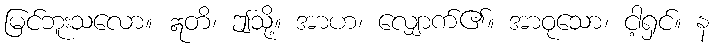
မြင်ဘူးသလော။ ဣတိ၊ ဤသို့။ အာဟ၊ လျှောက်၏။ အာဝုသော၊ ငါ့ရှင်။ န